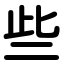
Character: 些